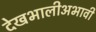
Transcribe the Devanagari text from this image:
देखभालीअभावी